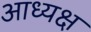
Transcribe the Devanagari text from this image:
आध्यक्ष